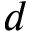
d